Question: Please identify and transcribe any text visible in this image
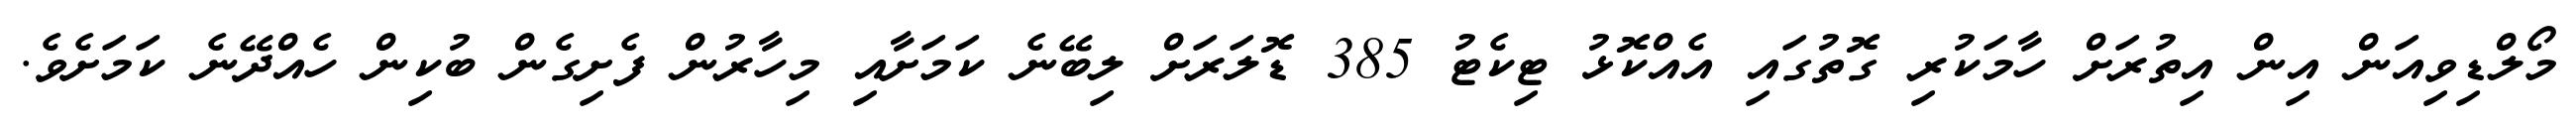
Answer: މޯލްޑިވިއަން އިން އިތުރަށް ހާމަކުރި ގޮތުގައި އެއްކޮޅު ޓިކެޓު 385 ޑޮލަރަށް ލިބޭނެ ކަމަށާއި މިހާރުން ފެށިގެން ބުކިން ހެއްދޭނެ ކަމަށެވެ.